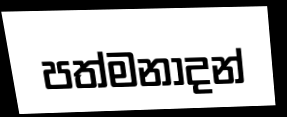
පත්මනාදන්